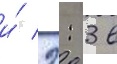
и́ 2: 3 в